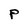
Character: P